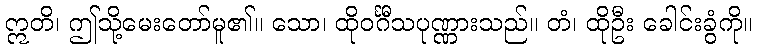
ဣတိ၊ ဤသို့မေးတော်မူ၏။ သော၊ ထိုဝင်္ဂီသပုဏ္ဏားသည်။ တံ၊ ထိုဦး ခေါင်းခွံကို။